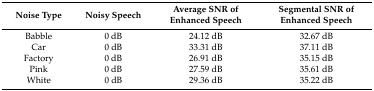
<table><thead><tr><td><b>Noise Type</b></td><td><b>Noisy Speech</b></td><td><b>Average SNR of Enhanced Speech</b></td><td><b>Segmental SNR of Enhanced Speech</b></td></tr></thead><tbody><tr><td>Babble</td><td>0 dB</td><td>24.12 dB</td><td>32.67 dB</td></tr><tr><td>Car</td><td>0 dB</td><td>33.31 dB</td><td>37.11 dB</td></tr><tr><td>Factory</td><td>0 dB</td><td>26.91 dB</td><td>35.15 dB</td></tr><tr><td>Pink</td><td>0 dB</td><td>27.59 dB</td><td>35.61 dB</td></tr><tr><td>White</td><td>0 dB</td><td>29.36 dB</td><td>35.22 dB</td></tr></tbody></table>